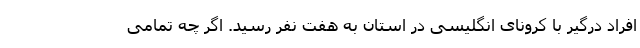
افراد درگیر با کرونای انگلیسی در استان به هفت نفر رسید. اگر چه تمامی